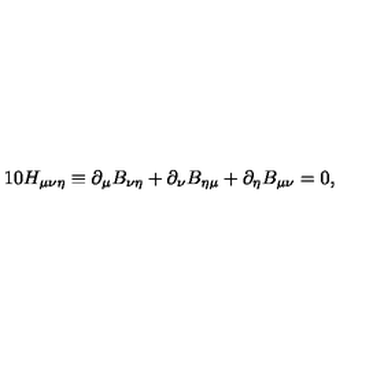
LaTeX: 1 0 H _ { \mu \nu \eta } \equiv \partial _ { \mu } B _ { \nu \eta } + \partial _ { \nu } B _ { \eta \mu } + \partial _ { \eta } B _ { \mu \nu } = 0 ,